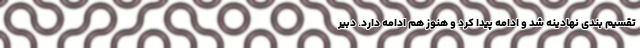
تقسیم بندی نهادینه شد و ادامه پیدا کرد و هنوز هم ادامه دارد. دبیر